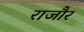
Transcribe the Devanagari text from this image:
राजौर